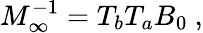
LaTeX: M_{\infty}^{-1}=T_{b}T_{a}B_{0}\ ,